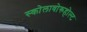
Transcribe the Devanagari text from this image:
स्कोलावोरूहोल्ट